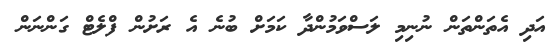
އަދި އެތަންތަން ނުނިމި ލަސްވަމުންދާ ކަމަށް ބުނެ އެ ރަށުން ފްލެޓް ގަންނަން